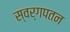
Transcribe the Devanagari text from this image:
स्वर्गपतन